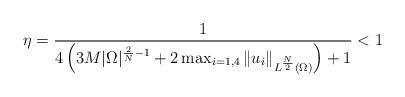
LaTeX: \begin{align*}\eta=\frac{1}{4\left(3M|\Omega|^{\frac 2N -1} + 2\max_{i=1,4}\|u_i\|_{L^{\frac N2}(\Omega)} \right)+1}<1\end{align*}